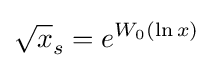
{\sqrt {x}}_{s}=e^{W_{0}(\ln x)}